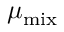
\mu _ { \mathrm { m i x } }